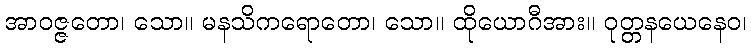
အာဝဇ္ဇတော၊ သော။ မနသိကရောတော၊ သော။ ထိုယောဂီအား။ ဝုတ္တနယေနေဝ၊